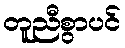
တူညီစွာပင်